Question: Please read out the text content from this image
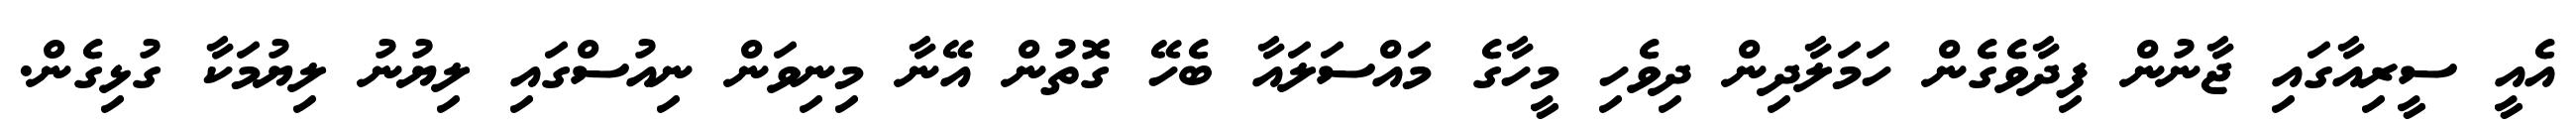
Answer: އެއީ ސީރިއާގައި ޖާނުން ފިދާވެގެން ހަމަލާދިން ދިވެހި މީހާގެ މައްސަލައާ ބެހޭ ގޮތުން އޭނާ މިނިވަން ނިއުސްގައި ލިޔުނު ލިޔުމަކާ ގުޅިގެން.